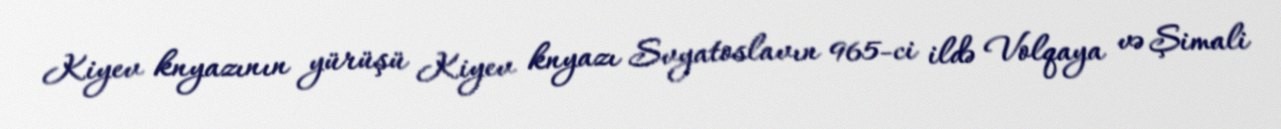
Kiyev knyazının yürüşü Kiyev knyazı Svyatoslavın 965-ci ildə Volqaya və Şimali